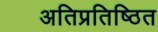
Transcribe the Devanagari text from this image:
अतिप्रतिष्ठित